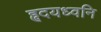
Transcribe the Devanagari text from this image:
हृदयध्वनि